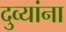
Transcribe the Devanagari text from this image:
दुव्यांना